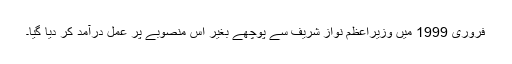
فروری 1999 میں وزیراعظم نواز شریف سے پوچھے بغیر اس منصوبے پر عمل درآمد کر دیا گیا۔